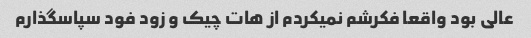
عالی بود واقعا فکرشم نمیکردم از هات چیک و زود فود سپاسگذارم